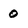
Character: 0